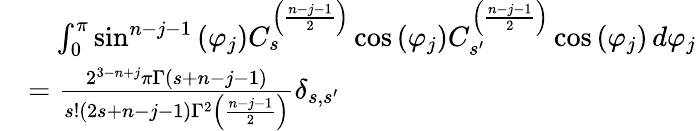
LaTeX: {\begin{array}{rl}&{\quad\int_{0}^{\pi}\sin^{n-j-1}\left(\varphi_{j}\right)C_{s}^{\left({\frac{n-j-1}{2}}\right)}\cos\left(\varphi_{j}\right)C_{s^{\prime}}^{\left({\frac{n-j-1}{2}}\right)}\cos\left(\varphi_{j}\right)\, d\varphi_{j}}\\ &{={\frac{2^{3-n+j}\pi\Gamma(s+n-j-1)}{s!(2s+n-j-1)\Gamma^{2}\left({\frac{n-j-1}{2}}\right)}}\delta_{s,s^{\prime}}}\end{array}}